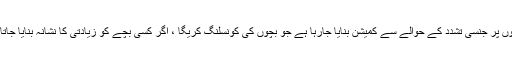
12 فروری2019ء)وفاقی وزیر انسانی حقوق شیریں مزاری نے کہا ہے کہ بچوں پر جنسی تشدد کے حوالے سے کمیشن بنایا جارہا ہے جو بچوں کی کونسلنگ کریگا ، اگر کسی بچے کو زیادتی کا نشانہ بنایا جاتا ہے تو ہیلپ لائن 1099 پر کال کر سکتا ہے، نام صیغہ راز میں رکھا جائیگا ۔